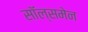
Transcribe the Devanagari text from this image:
सॉल्समेन